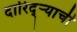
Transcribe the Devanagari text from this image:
दारिद्ऱ्याची